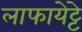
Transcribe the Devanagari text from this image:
लाफायेट्टे